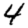
Digit: 4